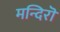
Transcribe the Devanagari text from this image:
मन्दिरॊ